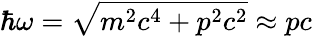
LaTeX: \hbar\omega=\sqrt{m^{2}c^{4}+p^{2}c^{2}}\approx pc